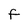
Character: F